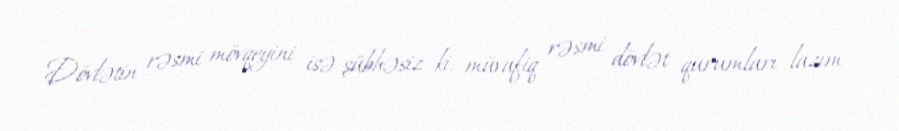
Dövlətin rəsmi mövqeyini isə şübhəsiz ki, müvafiq rəsmi dövlət qurumları lazım